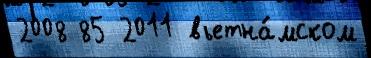
2008 85 2011 вьетна́мском